Vaccination United Provinces of Agra and Oudh 1923-1928 - 1923-1928
Year: 1923
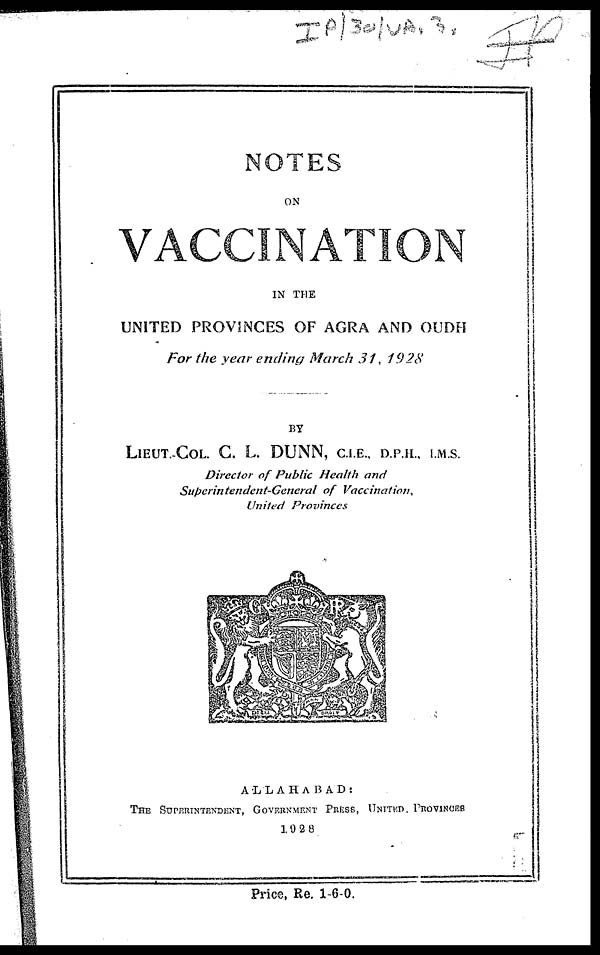
NOTES
ON
VACCINATION
IN THE
UNITED PROVINCES OF AGRA AND OUDH
For the year ending March 31, 1928
BY
LIEUT.-COL. C. L. DUNN, C.I.E., D.P.H., I.M.S.
Director of Public Health and
Superintendent-General
of
Vaccination,
United Provinces
ALLAHABAD:
THE SUPERINTENDENT, GOVERNMENT
PRESS, UNITED. PROVINCES
1928
Price, Re. 1-6-0.